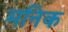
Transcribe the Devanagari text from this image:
मनिक